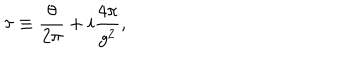
\tau \equiv { \frac { \theta } { 2 \pi } } + i { \frac { 4 \pi } { g ^ { 2 } } } ,